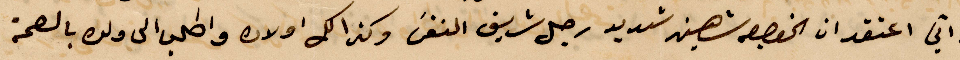
واني اعتقد ان الخواجه شهين شديد رجل شريف النفس وكذلك أولاده واطلب الى ولن بالصحة